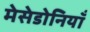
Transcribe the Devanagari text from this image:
मेसेडोनियाँ